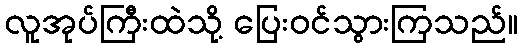
လူအုပ်ကြီးထဲသို့ ပြေးဝင်သွားကြသည်။